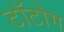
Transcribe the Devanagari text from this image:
टॉटोग